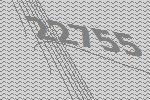
22755